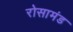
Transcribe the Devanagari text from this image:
रोसामंड